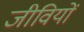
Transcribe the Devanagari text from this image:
जीवियों